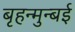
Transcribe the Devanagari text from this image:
बृहन्मुन्बई